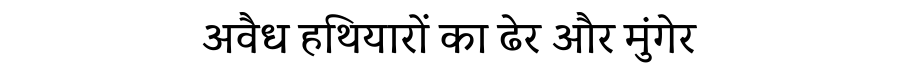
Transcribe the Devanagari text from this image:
अवैध हथियारों का ढेर और मुंगेर